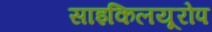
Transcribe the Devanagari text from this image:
साइकिलयूरोप